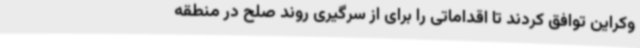
وکراین توافق کردند تا اقداماتی را برای از سرگیری روند صلح در منطقه